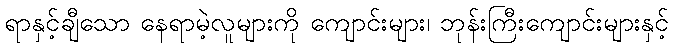
ရာနှင့်ချီသော နေရာမဲ့လူများကို ကျောင်းများ၊ ဘုန်းကြီးကျောင်းများနှင့်